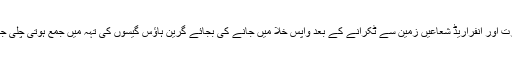
کار بن ڈائی آکسائیڈ کی مقدار میں اضافے سے سورج سے آنے والی حرارت اور انفراریڈ شعاعیں زمین سے ٹکرانے کے بعد واپس خلا میں جانے کی بجائے گرین ہاؤس گیسوں کی تہہ میں جمع ہوتی چلی جاتی ہیں جس سے پوری زمین کے درجہ حرارت میں اضافہ ہوتا رہتا ہے۔